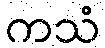
ကသံ